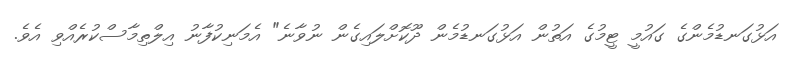
އަޅުގަނޑުމެންގެ ގައުމީ ޓީމުގެ އަތުން އަޅުގަނޑުމެން ދޫކޮށްލައިގެން ނުވާނެ" އެމަނިކުފާނު އިލްތިމާސްކުރެއްވި އެވެ.